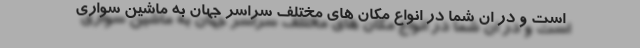
است و در ان شما در انواع مکان های مختلف سراسر جهان به ماشین سواری